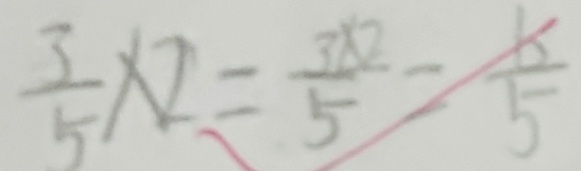
\frac { 3 } { 5 } \times 2 = \frac { 3 \times 2 } { 5 } = \frac { 6 } { 5 }